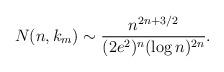
LaTeX: \begin{align*} N(n,k_m) \sim \frac{n^{2n+3/2}}{(2e^2)^n (\log n)^{2n}}.\end{align*}